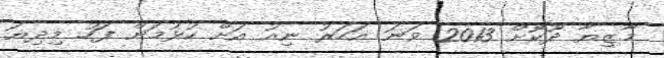
މާޒިޔާ ދޫކޮށް 2013 ވަނަ އަހަރު ނިއު އަށް ކުޅުމަށް ފަހު މިިދިޔަ